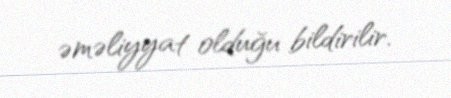
əməliyyat olduğu bildirilir.